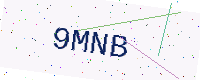
Text: 9MNB